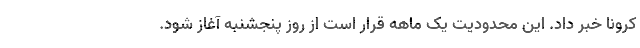
کرونا خبر داد. این محدودیت یک ماهه قرار است از روز پنجشنبه آغاز شود.